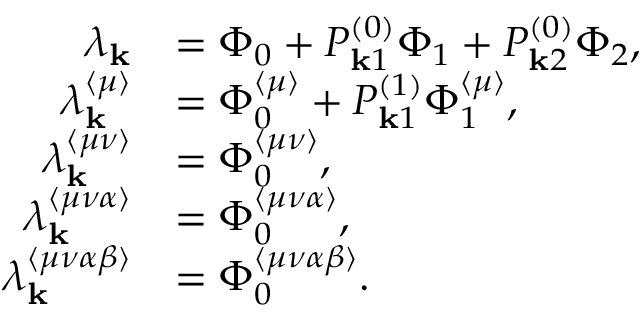
\begin{array} { r l } { \lambda _ { \mathbf { k } } } & { = \Phi _ { 0 } + P _ { \mathbf { k } 1 } ^ { ( 0 ) } \Phi _ { 1 } + P _ { \mathbf { k } 2 } ^ { ( 0 ) } \Phi _ { 2 } , } \\ { \lambda _ { \mathbf { k } } ^ { \langle \mu \rangle } } & { = \Phi _ { 0 } ^ { \langle \mu \rangle } + P _ { \mathbf { k } 1 } ^ { ( 1 ) } \Phi _ { 1 } ^ { \langle \mu \rangle } , } \\ { \lambda _ { \mathbf { k } } ^ { \langle \mu \nu \rangle } } & { = \Phi _ { 0 } ^ { \langle \mu \nu \rangle } , } \\ { \lambda _ { \mathbf { k } } ^ { \langle \mu \nu \alpha \rangle } } & { = \Phi _ { 0 } ^ { \langle \mu \nu \alpha \rangle } , } \\ { \lambda _ { \mathbf { k } } ^ { \langle \mu \nu \alpha \beta \rangle } } & { = \Phi _ { 0 } ^ { \langle \mu \nu \alpha \beta \rangle } . } \end{array}